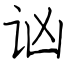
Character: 讻